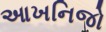
આખનિજો